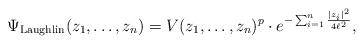
LaTeX: \begin{align*}\Psi_{\rm Laughlin}(z_1,\ldots,z_n) = V(z_1,\ldots,z_n)^p \cdot e^{-\sum_{i=1}^n \frac{|z_i|^2}{4\ell^2}}, \end{align*}